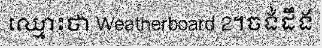
ឈ្មោះថា Weatherboard 2។ចង់ដឹង